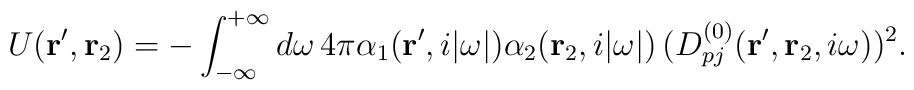
U({\bf r}^\prime , {\bf r}_2) =- \int_{-\infty}^{+\infty} d\omega \, 4\pi \alpha_1 ({\bf r}^\prime, i |\omega|)\alpha_2 ({\bf r}_2, i |\omega|) \,(D_{pj}^{(0)} ({\bf r}^\prime , {\bf r}_2 , i \omega))^2  .